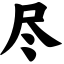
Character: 尽